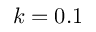
k = 0 . 1